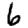
Digit: 6